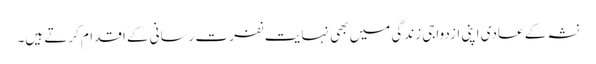
نشہ کے عادی اپنی ازدواجی زندگی میں بھی نہایت نفرت رسانی کے اقدام کرتے ہیں۔